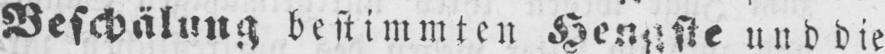
und die